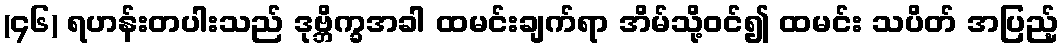
(၄၆) ရဟန်းတပါးသည် ဒုဗ္ဘိက္ခအခါ ထမင်းချက်ရာ အိမ်သို့ဝင်၍ ထမင်း သပိတ် အပြည့်